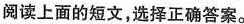
阅读上面的短文,选择正确答案。